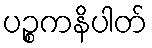
ပဉ္စကနိပါတ်